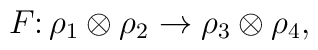
F\colon \rho_1\otimes\rho_2\to\rho_3\otimes\rho_4,